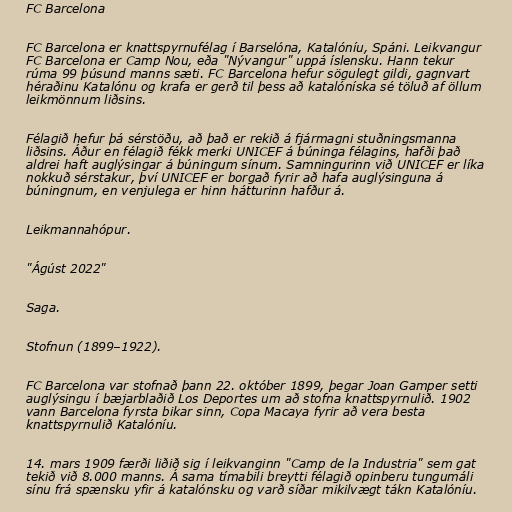
FC Barcelona

FC Barcelona er knattspyrnufélag í Barselóna, Katalóníu, Spáni. Leikvangur
FC Barcelona er Camp Nou, eða "Nývangur" uppá íslensku. Hann tekur
rúma 99 þúsund manns sæti. FC Barcelona hefur sögulegt gildi, gagnvart
héraðinu Katalónu og krafa er gerð til þess að katalóníska sé töluð af öllum
leikmönnum liðsins.

Félagið hefur þá sérstöðu, að það er rekið á fjármagni stuðningsmanna
liðsins. Áður en félagið fékk merki UNICEF á búninga félagins, hafði það
aldrei haft auglýsingar á búningum sínum. Samningurinn við UNICEF er líka
nokkuð sérstakur, því UNICEF er borgað fyrir að hafa auglýsinguna á
búningnum, en venjulega er hinn hátturinn hafður á.

Leikmannahópur.

"Ágúst 2022"

Saga.

Stofnun (1899–1922).

FC Barcelona var stofnað þann 22. október 1899, þegar Joan Gamper setti
auglýsingu í bæjarblaðið Los Deportes um að stofna knattspyrnulið. 1902
vann Barcelona fyrsta bikar sinn, Copa Macaya fyrir að vera besta
knattspyrnulið Katalóníu.

14. mars 1909 færði liðið sig í leikvanginn "Camp de la Industria" sem gat
tekið við 8.000 manns. Á sama tímabili breytti félagið opinberu tungumáli
sínu frá spænsku yfir á katalónsku og varð síðar mikilvægt tákn Katalóníu.